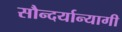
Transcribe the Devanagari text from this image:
सौन्दर्यान्यागी